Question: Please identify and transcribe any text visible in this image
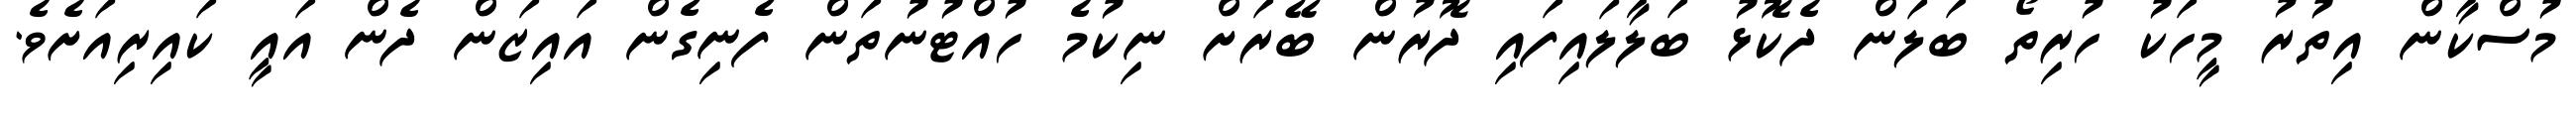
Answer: މުސްކާން އިތުރު މީހަކު ހުރިތޯ ބަލަން ދެކޮޅު ބަލާލައިފައި ދޮރުން ބޭރަށް ނިކުމެ ހުއްޓުނުތަން ފެނިގެން އައިޒަން ދެން އައީ ކައިރިއަށެވެ.